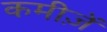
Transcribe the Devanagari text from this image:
कमीज़ें